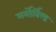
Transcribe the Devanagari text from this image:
मर्मोर्बिल्ड